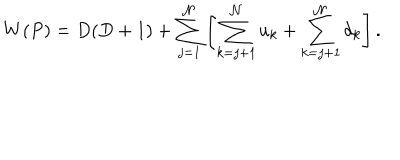
LaTeX: W ( P ) = D ( D + 1 ) + \sum _ { j = 1 } ^ { \cal N } \left[ \sum _ { k = j + 1 } ^ { \cal N } u _ { k } + \sum _ { k = j + 1 } ^ { \cal N } d _ { k } \right] .